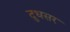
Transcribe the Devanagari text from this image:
दुधसर